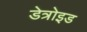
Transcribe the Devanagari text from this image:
डेत्रोइड